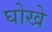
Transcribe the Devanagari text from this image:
घोखे